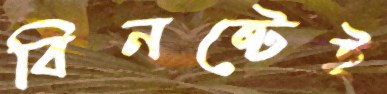
বিনষ্টেই